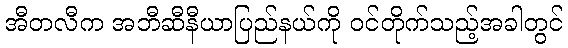
အီတလီက အဘီဆီနီယာပြည်နယ်ကို ဝင်တိုက်သည့်အခါတွင်